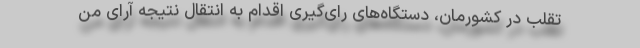
تقلب در کشورمان، دستگاه‌های رای‌گیری اقدام به انتقال نتیجه آرای من